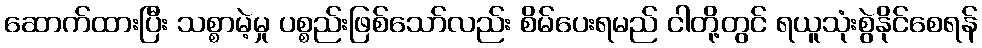
ဆောက်ထားပြီး သစ္စာမဲ့မှု ပစ္စည်းဖြစ်သော်လည်း စိမ်ပေးရမည် ငါတို့တွင် ရယူသုံးစွဲနိုင်စေရန်